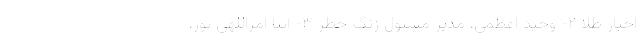
اخبار طلا ۲- وحید اعظمی، مدیر مسئول زنگ خطر ۳- آتنا امراللهی پور،